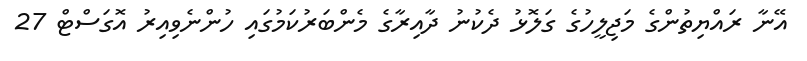
އޭނާ ރައްޔިތުންގެ މަޖިލީހުގެ ގަލޮޅު ދެކުނު ދާއިރާގެ މެންބަރުކަމުގައި ހުންނެވިއިރު އޮގަސްޓް 27